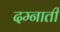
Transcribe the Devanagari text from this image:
दम्नाती